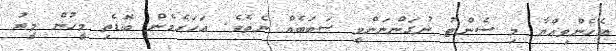
އެހެންވިއްޔާ މި ސެންޓު ނުގަންނަންވީ ސަބަބެއް ނެތެވެ. އަހަރެމެން ބޮޑެތި މީހުން މީރު